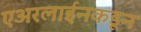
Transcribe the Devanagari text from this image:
एअरलाईनकडून